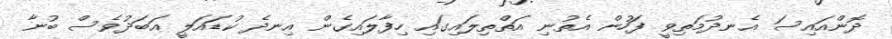
ދޮންއައިސަ އެނދުމަތިވީ ފަހުން އެތުނި އަތްތިލައިގައި ހިފާލައިގެން އިނދެ ކުޑައަލީ އަބަދުވެސް ބުނާ